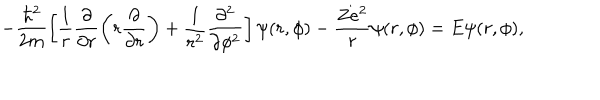
LaTeX: - \frac { \hbar ^ { 2 } } { 2 m } \left[ \frac { 1 } { r } \frac { \partial } { \partial r } \left( r \frac { \partial } { \partial r } \right) + \frac { 1 } { r ^ { 2 } } \frac { \partial ^ { 2 } } { \partial \phi ^ { 2 } } \right] \psi ( r , \phi ) - \frac { Z e ^ { 2 } } { r } \psi ( r , \phi ) = E \psi ( r , \phi ) ,